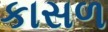
કાસળ